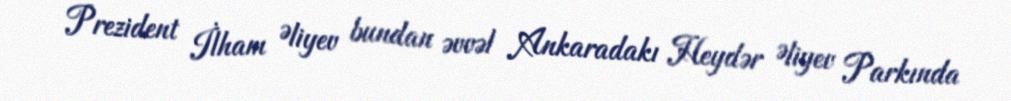
Prezident İlham Əliyev bundan əvvəl Ankaradakı Heydər Əliyev Parkında